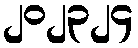
၂၀၂၃၂၄